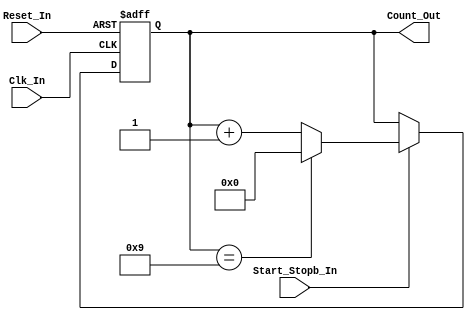
/*
Verilog Code, to implement a Decade Counter.



Author : Prasad Narayan Ghatol
*/



module Decade_Counter (
    input            Clk_In,
    input            Reset_In,

    input            Start_Stopb_In,
    output reg [3:0] Count_Out
);



// --------------------------------------------------
// Decade Counter Logic
// --------------------------------------------------
always @ (negedge Clk_In or posedge Reset_In)
    begin
        if (Reset_In)
            begin
                Count_Out <= 4'b0;
            end
        else if (Start_Stopb_In)
            begin
                Count_Out <= Count_Out + 1'b1;

                if (Count_Out == 4'd9)
                    begin
                        Count_Out <= 4'b0;
                    end
            end
        else
            begin
                Count_Out <= Count_Out;
            end
    end



endmodule